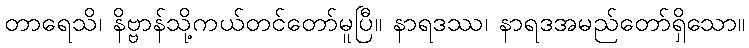
တာရေသိ၊ နိဗ္ဗာန်သို့ကယ်တင်တော်မူပြီ။ နာရဒဿ၊ နာရဒအမည်တော်ရှိသော။